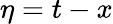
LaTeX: \eta=t-x